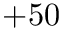
+ 5 0